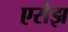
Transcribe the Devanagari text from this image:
एरोझ